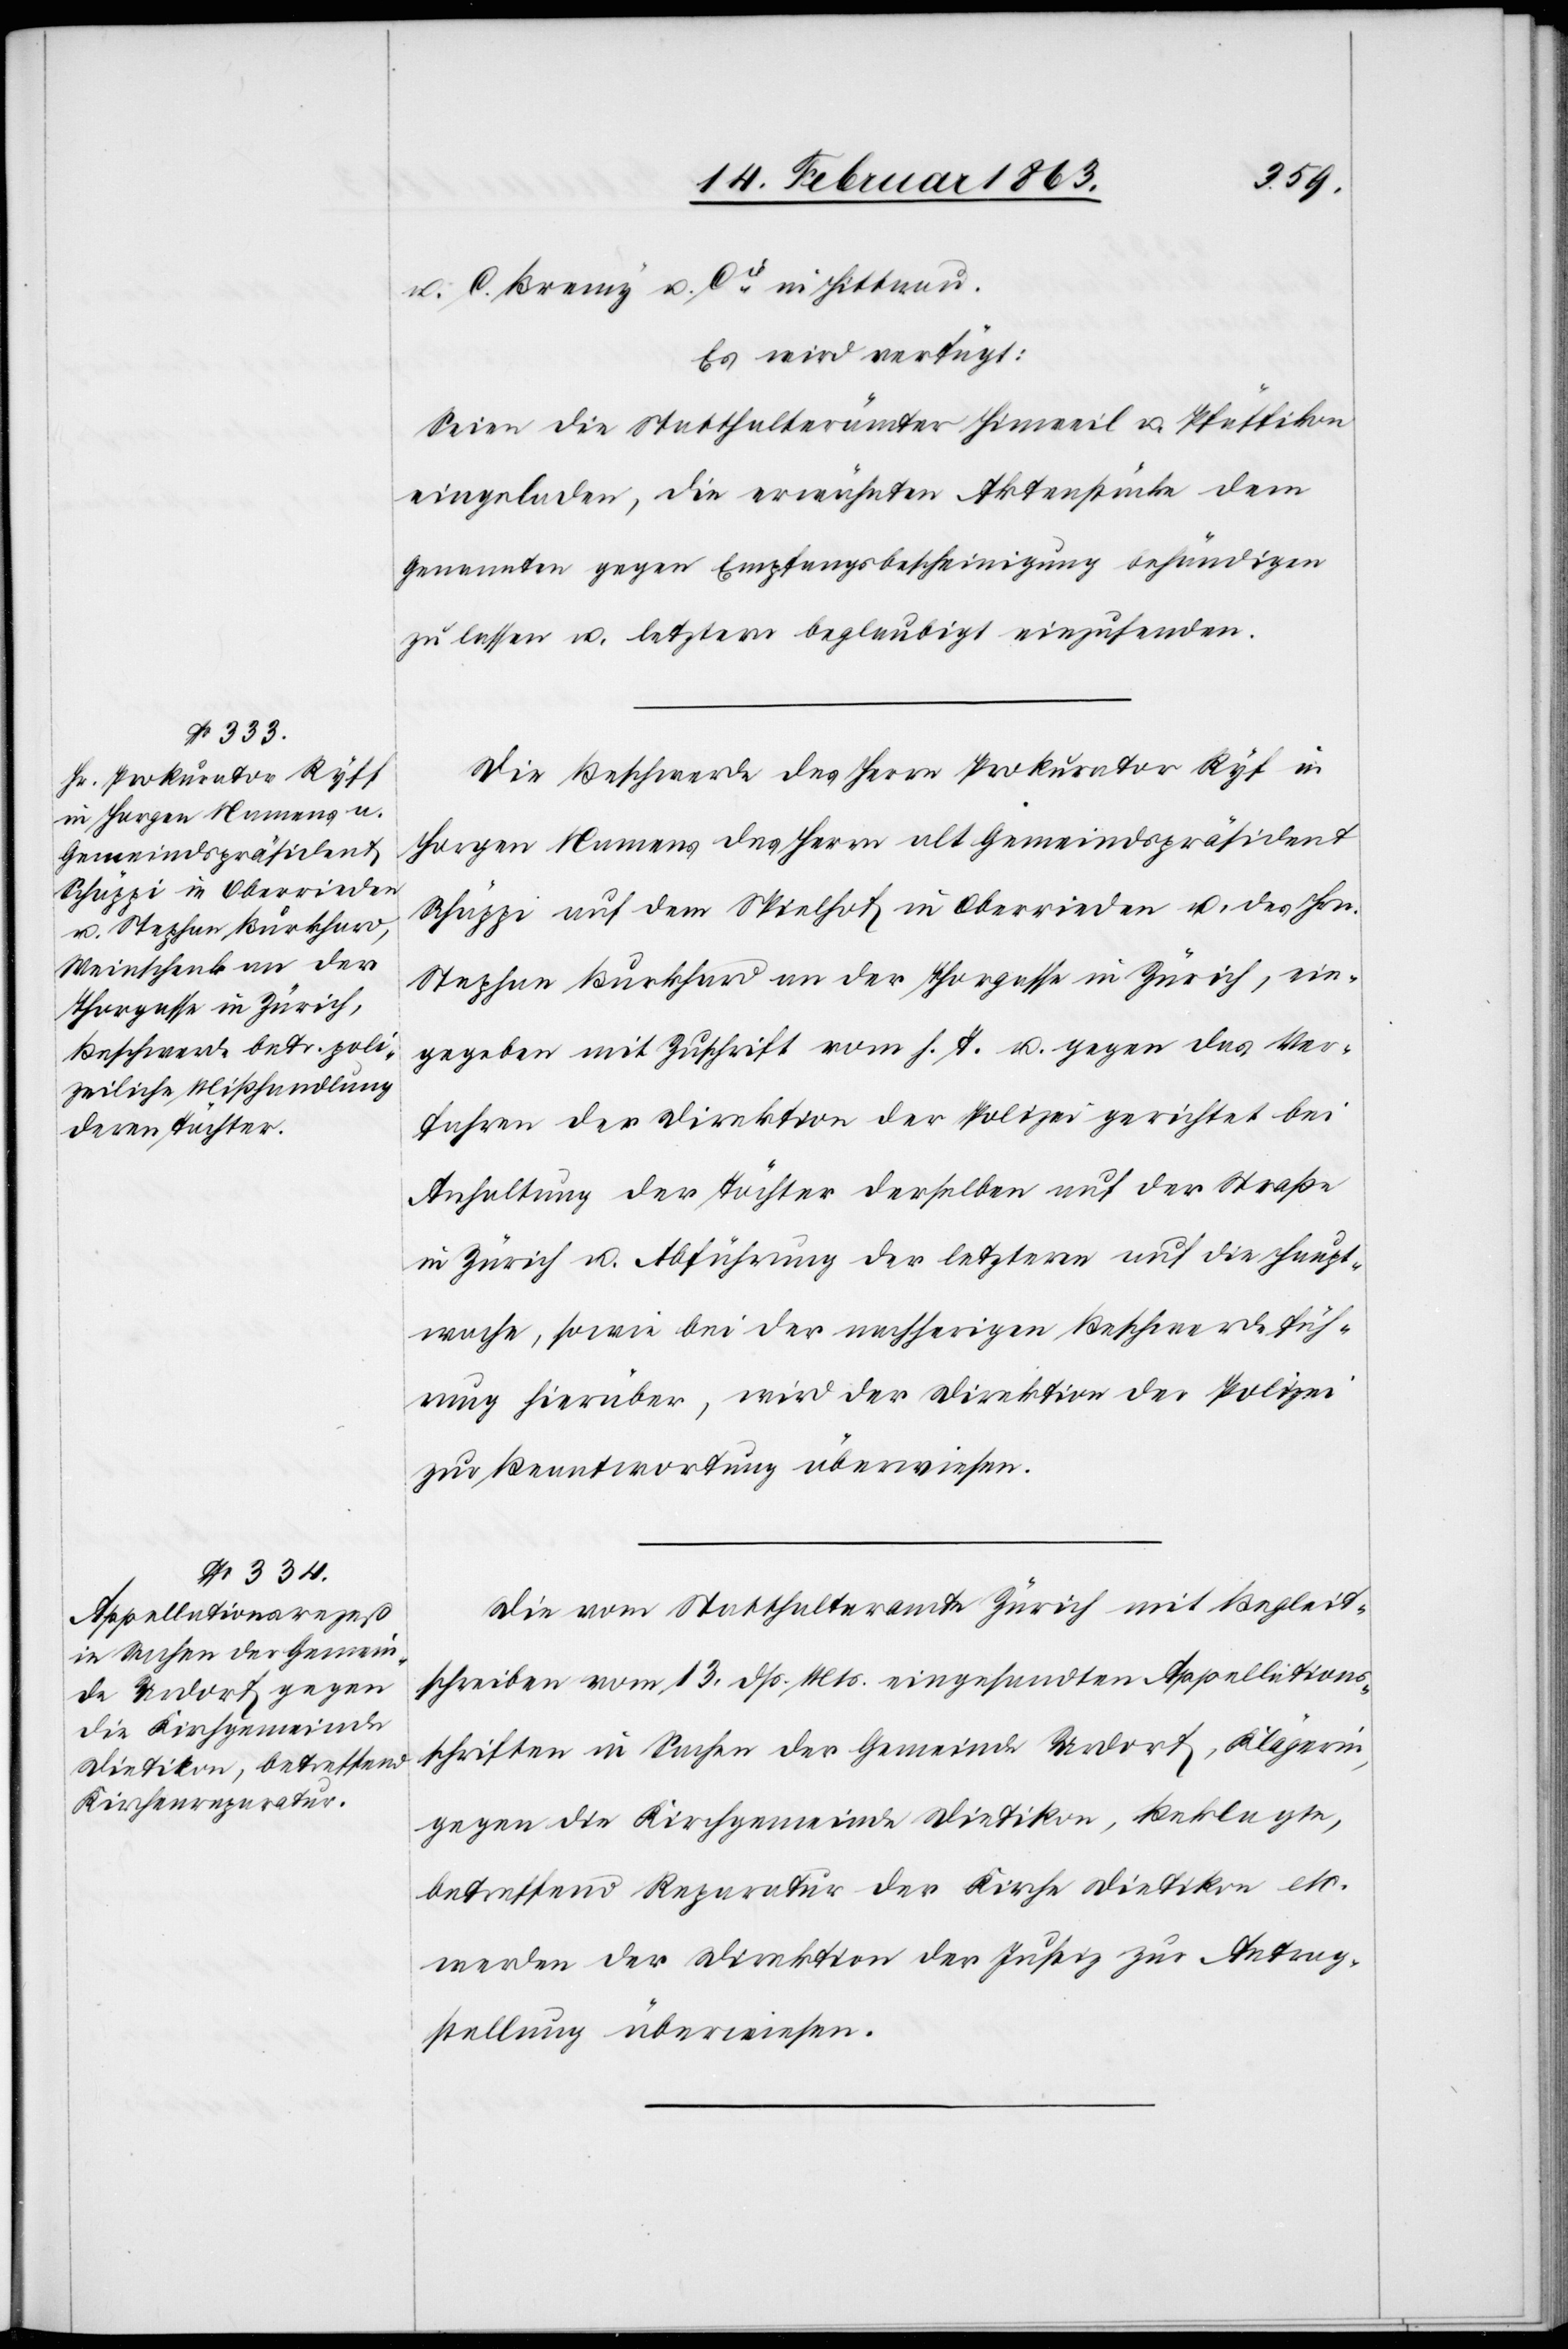
14. Februar 1863.]
u. C. Bremy u. Cie in Hittnau.
Es wird verfügt:
Seien die Statthalterämter Hinweil u. Pfäffikon
eingeladen, die erwähnten Aktenstücke dem
Genannten gegen Empfangsbescheinigung behändigen
zu lassen u. letztern beglaubigt einzusenden.
Die Beschwerde des Herrn Prokurator Ryf
Horgen Namens des Herrn alt Gemeindspräsident
Schäppi auf dem Spielhof in Oberrieden u. des Hrn.
Stephan Burkhard an der Thorgasse in Zürich, ein¬
gegeben mit Zuschrift vom h. T. u. gegen das Ver¬
fahren der Direktion der Polizei gerichtet bei
Anhaltung der Töchter derselben auf der Straße
in Zürich u. Abführung der letzteren auf die Haupt¬
wache, sowie bei der nachherigen Beschwerdefüh¬
rung hierüber, wird der Direktion der Polizei
zur Beantwortung überwiesen.
Die vom Statthalteramte Zürich mit Begleit¬
schreiben vom 13. dß. Mts. eingesandten Appellations¬
schriften in Sachen der Gemeinde Urdorf, Klägerin,
gegen die Kirchgemeinde Dietikon, Beklagte,
betreffend Reparatur der Kirche Dietikon etc.
werden der Direktion der Justiz zur Antrag¬
stellung überwiesen.